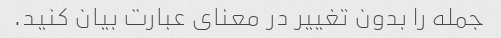
جمله را بدون تغییر در معنای عبارت بیان کنید.